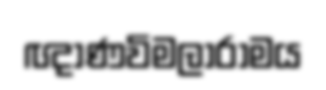
ඥාණවිමලාරාමය